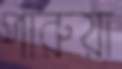
পারুয়া